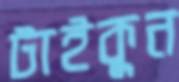
টাইকুন